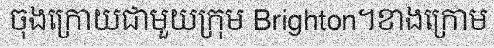
ចុងក្រោយជាមួយក្រុម Brighton។ខាងក្រោម